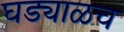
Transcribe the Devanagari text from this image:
घड्याळच